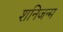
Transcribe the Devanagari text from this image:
शनिजन्म